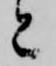
と